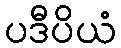
ပဒီပိယံ